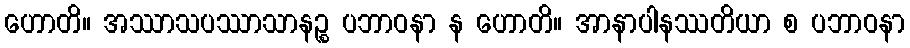
ဟောတိ။ အဿာသပဿာသာနဉ္စ ပဘာဝနာ န ဟောတိ။ အာနာပါနဿတိယာ စ ပဘာဝနာ